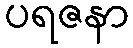
ပရဇနာ